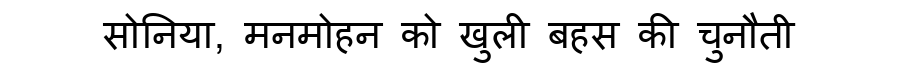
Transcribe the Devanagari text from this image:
सोनिया, मनमोहन को खुली बहस की चुनौती